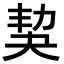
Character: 𡘢